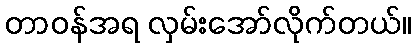
တာဝန်အရ လှမ်းအော်လိုက်တယ်။